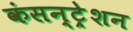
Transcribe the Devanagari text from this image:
कंसन्ट्रेशन